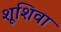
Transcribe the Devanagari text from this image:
शूशिवा